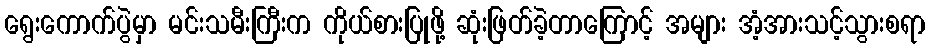
ရွေးကောက်ပွဲမှာ မင်းသမီးကြီးက ကိုယ်စားပြုဖို့ ဆုံးဖြတ်ခဲ့တာကြောင့် အများ အံ့အားသင့်သွားစရာ